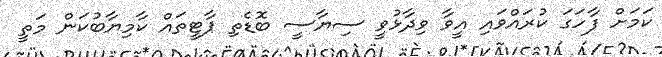
ކަމަށް ފާހަގަ ކުރައްވައި އީވާ ވިދާޅުވީ ސިޔާސީ ބޮޑެތި ޕާޓީތައް ކާމިޔާބުކަން މަތީ